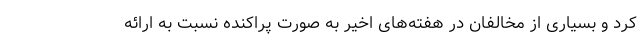
کرد و بسیاری از مخالفان در هفته‌های اخیر به صورت پراکنده نسبت به ارائه